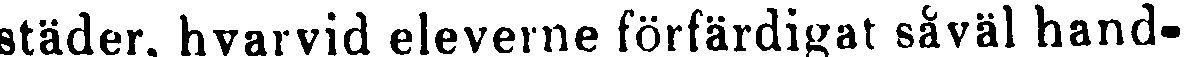
städer, hvarvid eleverne förfärdigat såväl hand-